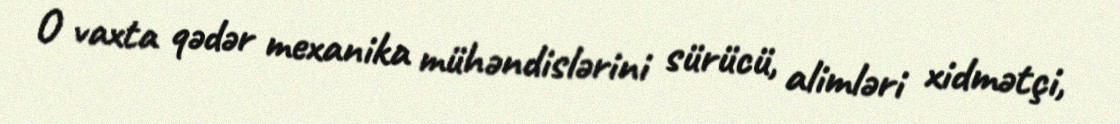
O vaxta qədər mexanika mühəndislərini sürücü, alimləri xidmətçi,